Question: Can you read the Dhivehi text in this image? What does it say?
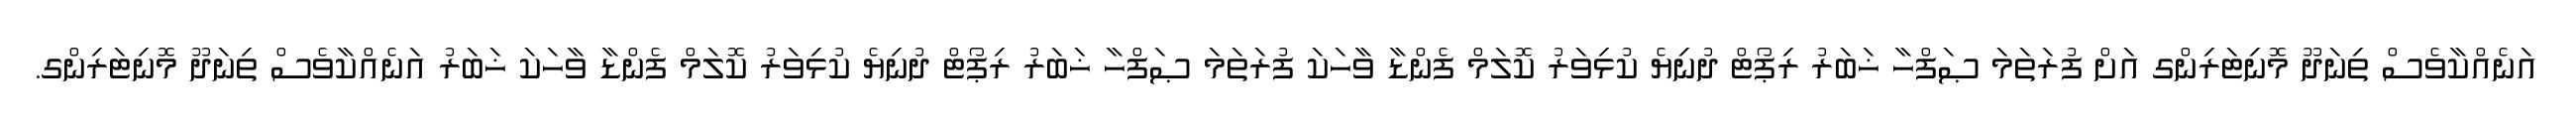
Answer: އަނެއްކާވެސް ތިނަދޫ މޮނިޓަރިންގ އަށް ފުރަތަމަ ޞަފްހާ ޚަބަރު ރިޕޯޓް ދުނިޔެ ކުޅިވަރު ކޮލަމް ފެންޑާ ވާހަކަ ފުރަތަމަ ޞަފްހާ ޚަބަރު ރިޕޯޓް ދުނިޔެ ކުޅިވަރު ކޮލަމް ފެންޑާ ވާހަކަ ޚަބަރު އަނެއްކާވެސް ތިނަދޫ މޮނިޓަރިންގ.